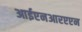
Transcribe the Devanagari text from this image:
आईएनआरएएन